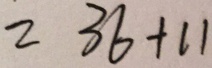
= 3 6 + 1 1